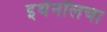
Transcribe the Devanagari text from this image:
इथेनॉलचा